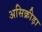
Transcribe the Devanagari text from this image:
असिक्रीड़ा